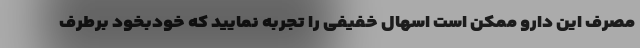
مصرف این دارو ممکن است اسهال خفیفی را تجربه نمایید که خودبخود برطرف